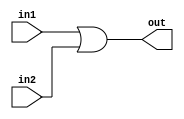
module or_32bits (in1,in2,out);
input [31:0] in1,in2;
output [31:0] out;
assign {out}=in1 |in2;
endmodule